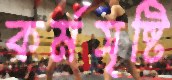
কর্মসৃষ্টি